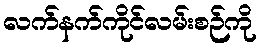
လက်နက်ကိုင်လမ်းစဉ်ကို